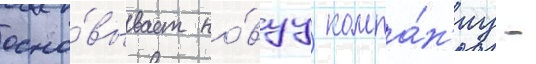
осно́вывает но́вуу компа́н'иу -